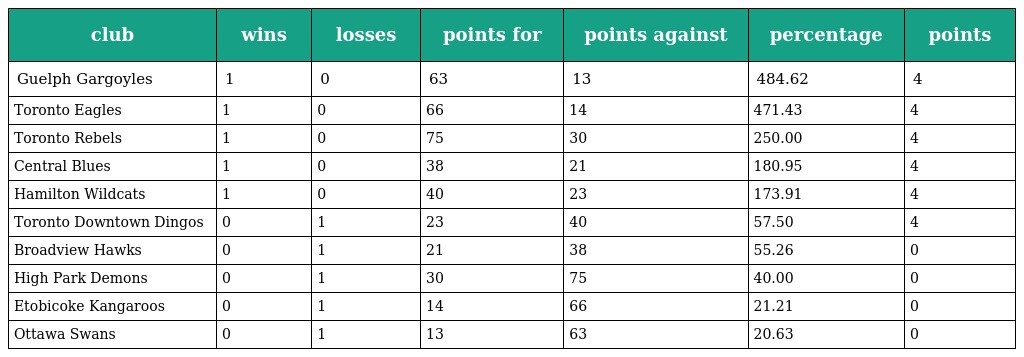
| club | wins | losses | points for | points against | percentage | points |
 | --- | --- | --- | --- | --- | --- | --- |
 | Guelph Gargoyles | 1 | 0 | 63 | 13 | 484.62 | 4 |
 | Toronto Eagles | 1 | 0 | 66 | 14 | 471.43 | 4 |
 | Toronto Rebels | 1 | 0 | 75 | 30 | 250.00 | 4 |
 | Central Blues | 1 | 0 | 38 | 21 | 180.95 | 4 |
 | Hamilton Wildcats | 1 | 0 | 40 | 23 | 173.91 | 4 |
 | Toronto Downtown Dingos | 0 | 1 | 23 | 40 | 57.50 | 4 |
 | Broadview Hawks | 0 | 1 | 21 | 38 | 55.26 | 0 |
 | High Park Demons | 0 | 1 | 30 | 75 | 40.00 | 0 |
 | Etobicoke Kangaroos | 0 | 1 | 14 | 66 | 21.21 | 0 |
 | Ottawa Swans | 0 | 1 | 13 | 63 | 20.63 | 0 |